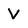
Character: V